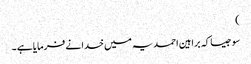
)
سو جیسا کہ براہین احمدیہ میں خدا نے فرمایا ہے ۔